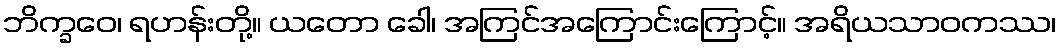
ဘိက္ခဝေ၊ ရဟန်းတို့။ ယတော ခေါ၊ အကြင်အကြောင်းကြောင့်။ အရိယသာဝကဿ၊